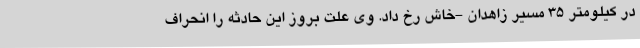
در کیلومتر ۳۵ مسیر زاهدان -خاش رخ داد. وی علت بروز این حادثه را انحراف